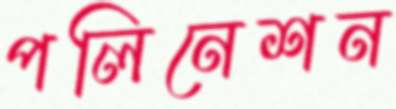
পলিনেশন